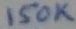
Text: 150K